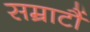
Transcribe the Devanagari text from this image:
सम्राटौं